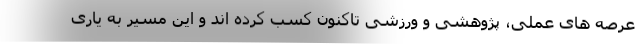
عرصه های عملی، پژوهشی و ورزشی تاکنون کسب کرده اند و این مسیر به یاری